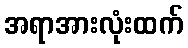
အရာအားလုံးထက်